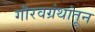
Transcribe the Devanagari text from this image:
गौरवग्रंथांतून